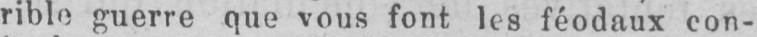
rible guerre que vous font les féodaux con-